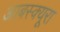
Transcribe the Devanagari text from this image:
आबस्क्यूरा